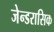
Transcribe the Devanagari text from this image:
जेन्डरासिक